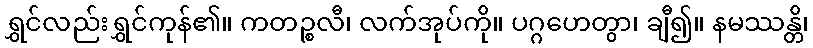
ရွှင်လည်းရွှင်ကုန်၏။ ကတဉ္စလီ၊ လက်အုပ်ကို။ ပဂ္ဂဟေတွာ၊ ချီ၍။ နမဿန္တိ၊